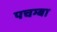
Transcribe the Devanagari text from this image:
पचम्बा